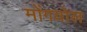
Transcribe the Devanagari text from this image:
मोंगयोल